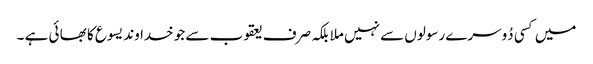
میں کسی دُوسرے رسولوں سے نہیں ملا بلکہ صرف یعقوب سے جو خدا وند یسوع کا بھا ئی ہے ۔